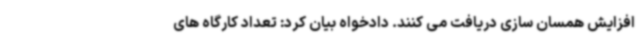
افزایش همسان سازی دریافت می کنند. دادخواه بیان کرد: تعداد کارگاه های